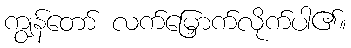
ကျွန်တော် လက်မြှောက်လိုက်ပါ၏။